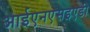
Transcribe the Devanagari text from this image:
आईएनएसइएडी